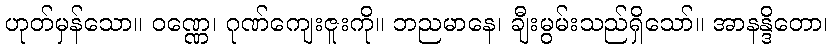
ဟုတ်မှန်သော။ ဝဏ္ဏေ၊ ဂုဏ်ကျေးဇူးကို။ ဘညမာနေ၊ ချီးမွမ်းသည်ရှိသော်။ အာနန္ဒိတော၊